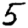
Digit: 5